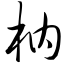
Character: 枘